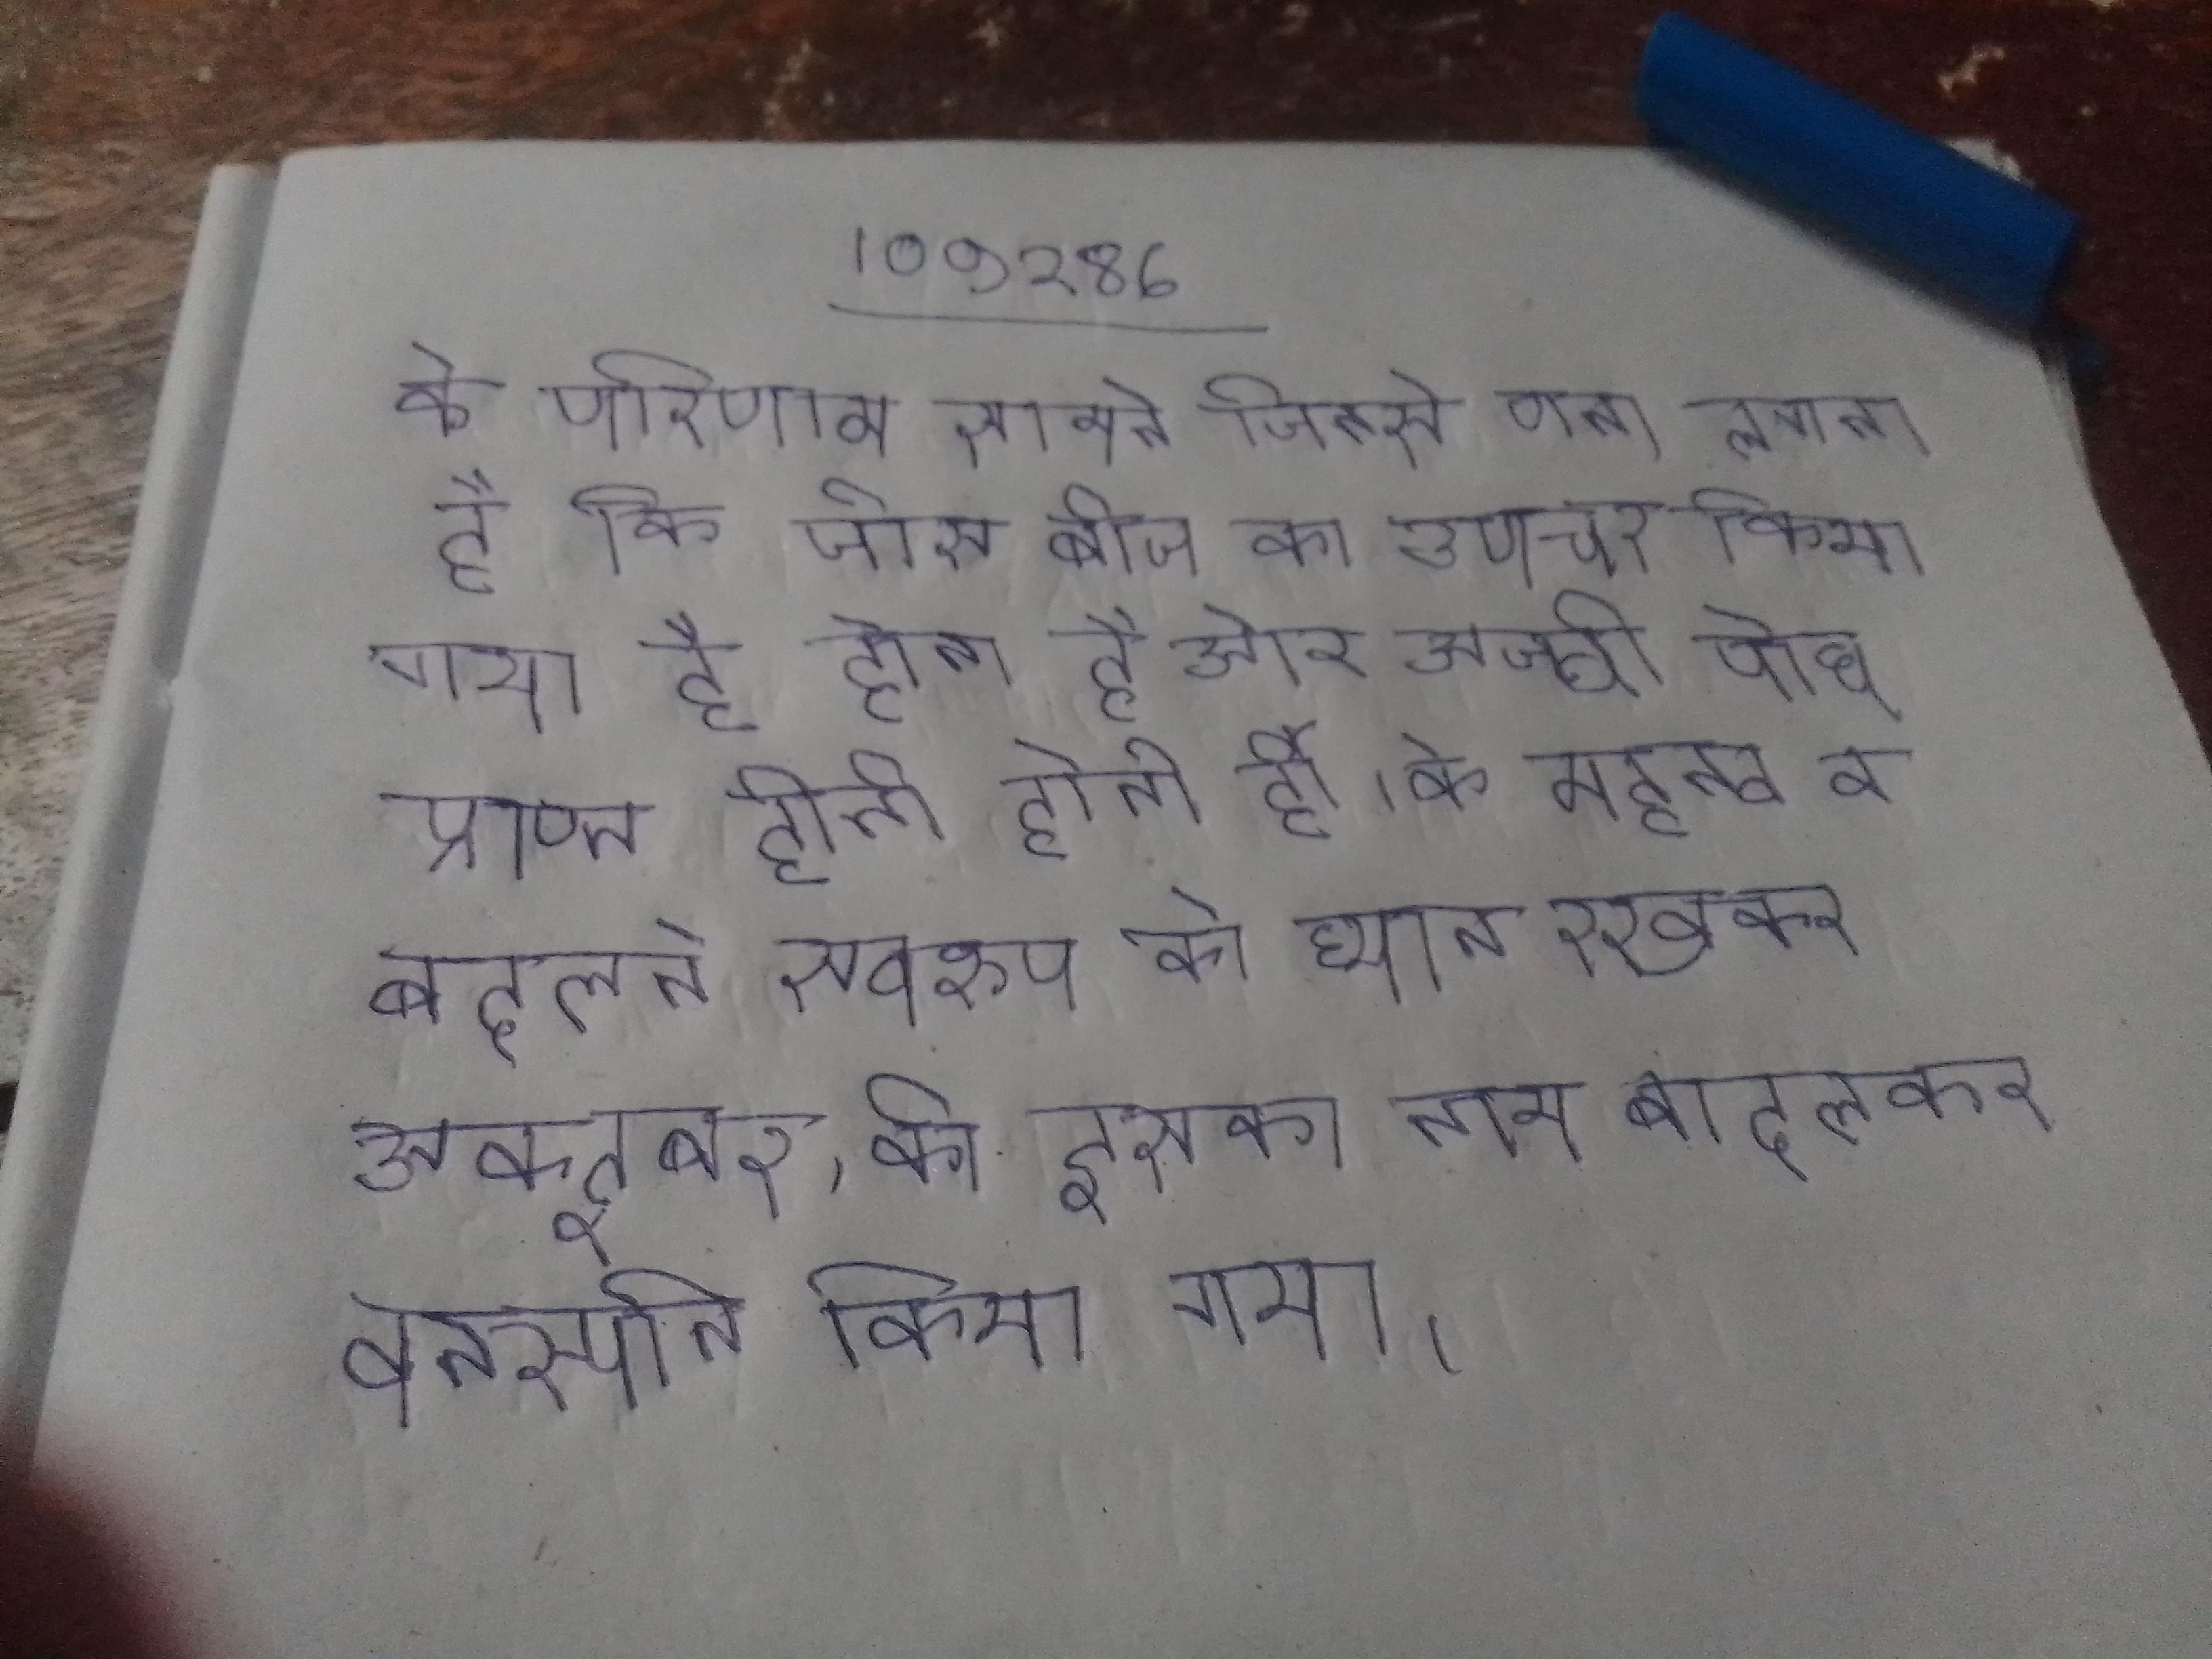
के परिणाम सामने जिनसे पता लगता है कि जिस बीज का उपचार किया गया है होता है और अच्छी पौध प्राप्त होती है । के महत्व व बदलते स्वरूप को ध्यान रखकर अक्टूबर, को इसका नाम बदलकर वनस्पति किया गया ।